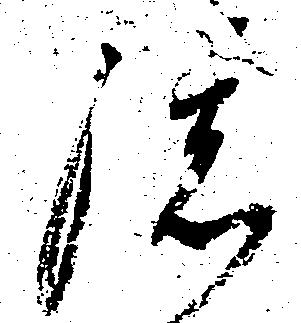
孫